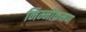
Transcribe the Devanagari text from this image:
निम्नीक्रमण